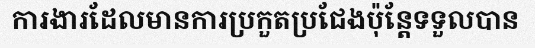
ការងារដែលមានការប្រកួតប្រជែងប៉ុន្តែទទួលបាន